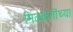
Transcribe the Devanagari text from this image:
मिळकतींच्या